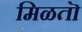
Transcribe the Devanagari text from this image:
मिळतॊ